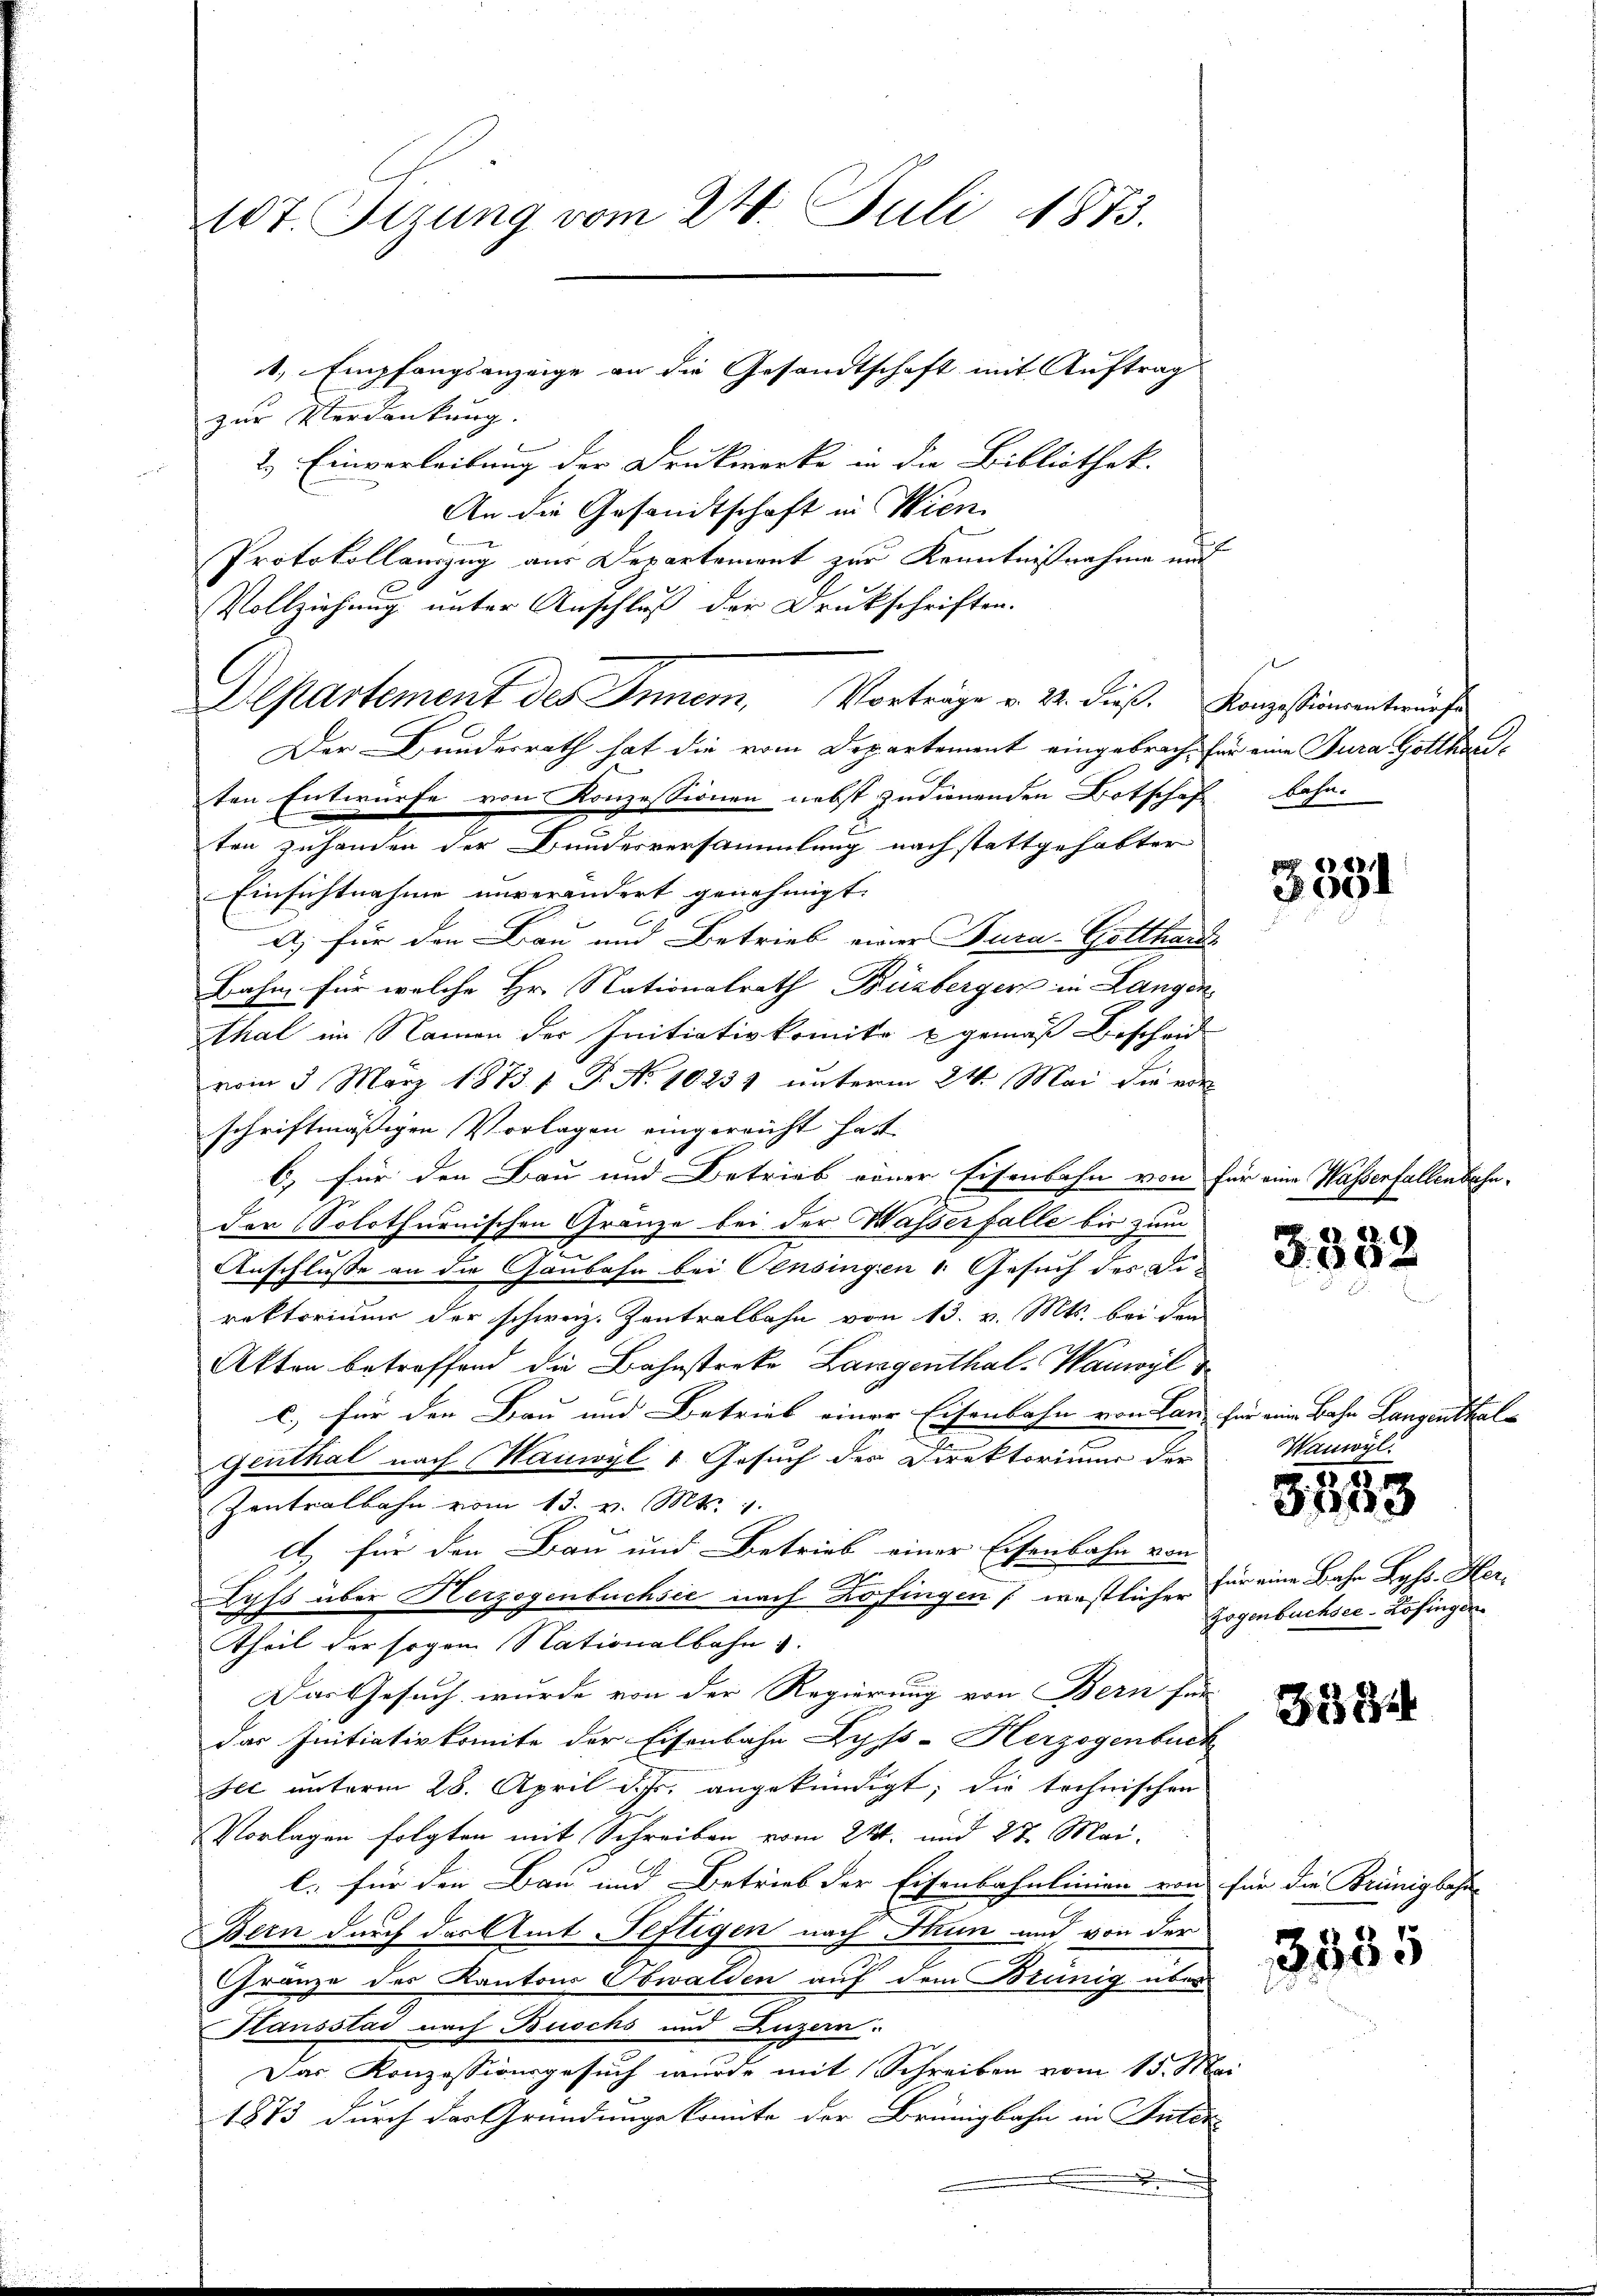
10t. Tizung vom 24. Juli 1873.

zur Verdankung.
2.) Einverleitung der Druckwerke in die Bibliothek.
An die Gesandtschaft in Wien.
Protokollauszug aus Departement zur Kenntnißnahme und
Vollziehung unter Anschluß der Drukschriften.
Der Bundesrath hat die vom Departement eingebrach, für eine Jura Gotthauten Entwürfe von Konzessionen nebst zudienenden Botschaft bahnten zuhanden der Bundesversammlung nach stattgehabter
Einsichtnahme unverändert genehmigt.
a) für den Bau und Betrieb einer Fura-Gotthard
Bahn für welche Hr. Nationalrath Büzberger in Langen
thal im Namen der Initiativkomite u gemäß Bescheid
vom 3. März 1873. 1. P. No 10231 unterm 24. Mai die vor
schriftmäßigen Vorlagen eingereicht hatt
b) für den Bau und Betrieb einer Eisenbahn von für eine Wasserfallenbahnder (Solothurnischen Gränze bei der Wasserfalle bis zum
2
Anschlusse an die Gaubahn bei Censingen Gesuch der Direktoriums der schweiz. Zentralbahn von 13. v. Mts. bei den
Akten betreffend die Bahnstreke Langenthal-Wanoyl
c.) für den Bau und Betrieb einer Eisenbahn von Lan
Genthal nach Wauoyl 1 Gesuch der Direktoriums der
Zentralbahn vom 13. v. Mts. v.
et, für den Bau und Betrieb einer Eisenbahn von
Lyss über Herzogenbuchsie nach Kofingen, westlicher für eine Bahn Byss. Hertheil der sogar Nationalbahn s.
Das Gesuch wurde von der Regierung von Bern für
das Initiativkomite der Eisenbahn Zyps-Herzogenbuch
see unterm 28. April d. Js. angekündigt; die technischen
Vorlagen folgten mit Schreiben vom 24. und 27. Mai.
C. für den Bau und Betrieb der Eisenbahnlinien von für die Brünigbahn
Bern durch das Amt Seftigen nach Thun und von der
Gränze des Kantons Obwalden auf dem Brunig über
Hausstad nach Buschs und Luzern.
Das Konzessionsgesuch wurde mit Schreiben vom 15. Mai
1873 durch der Gründungskomite der Brünigbahn in Interx

1, Empfangsanzeige an die Gesandtschaft mit Auftrag

Departement des Inner, Vorträge v. 24. dieß. Konzessionentwurf

2

.

88.
8
8051

d
2.
.
R. 20 x

für eine Bahn Langenthal¬
Wanwyl.

35
311

Zogenbuchsee-Zofingen

3594

3335